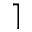
\rceil